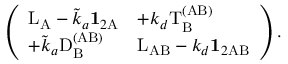
\left( \begin{array} { l l } { \mathrm { L } _ { \mathrm { A } } - \tilde { k } _ { a } \mathbf { 1 } _ { 2 \mathrm A } } & { + k _ { d } \mathrm { T } _ { \mathrm B } ^ { \mathrm { ( A B ) } } } \\ { + \tilde { k } _ { a } \mathrm { D } _ { \mathrm B } ^ { \mathrm { ( A B ) } } } & { \mathrm { L } _ { \mathrm { A B } } - k _ { d } \mathbf { 1 } _ { 2 \mathrm { A B } } } \end{array} \right) .